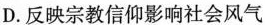
D. 反映宗教信仰影响社会风气